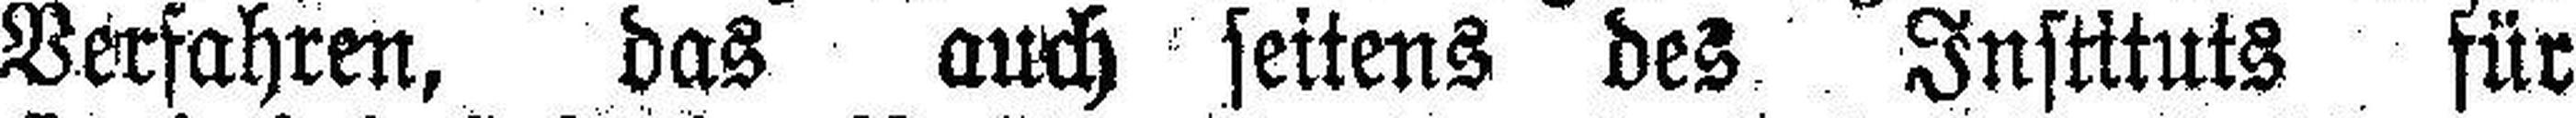
Verfahren, das auch seitens des Instituts für